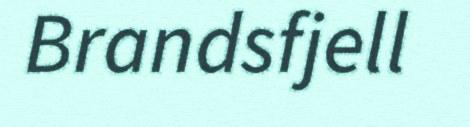
Brandsfjell